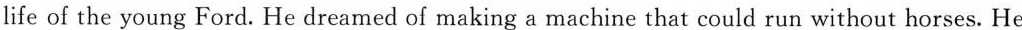
life of the young Ford. He dreamed of making a machine that could run without horses. He